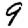
Digit: 9